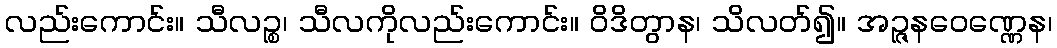
လည်းကောင်း။ သီလဉ္စ၊ သီလကိုလည်းကောင်း။ ဝိဒိတွာန၊ သိလတ်၍။ အဉ္ဇနဝေဏ္ဏေန၊